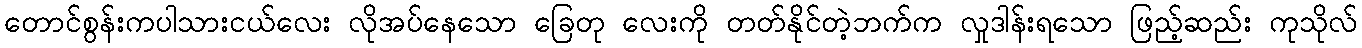
တောင်စွန်းကပါသားငယ်လေး လိုအပ်နေသော ခြေတု လေးကို တတ်နိုင်တဲ့ဘက်က လှုဒါန်းရသော ဖြည့်ဆည်း ကုသိုလ်